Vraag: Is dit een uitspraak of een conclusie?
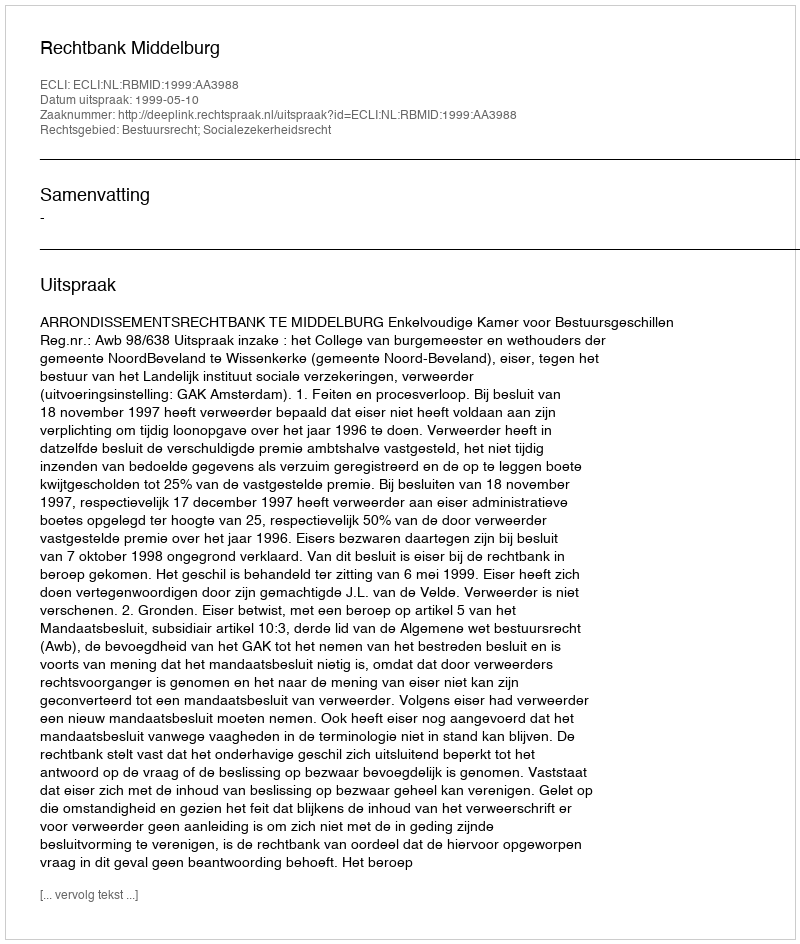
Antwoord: Uitspraak